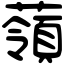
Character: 䕘